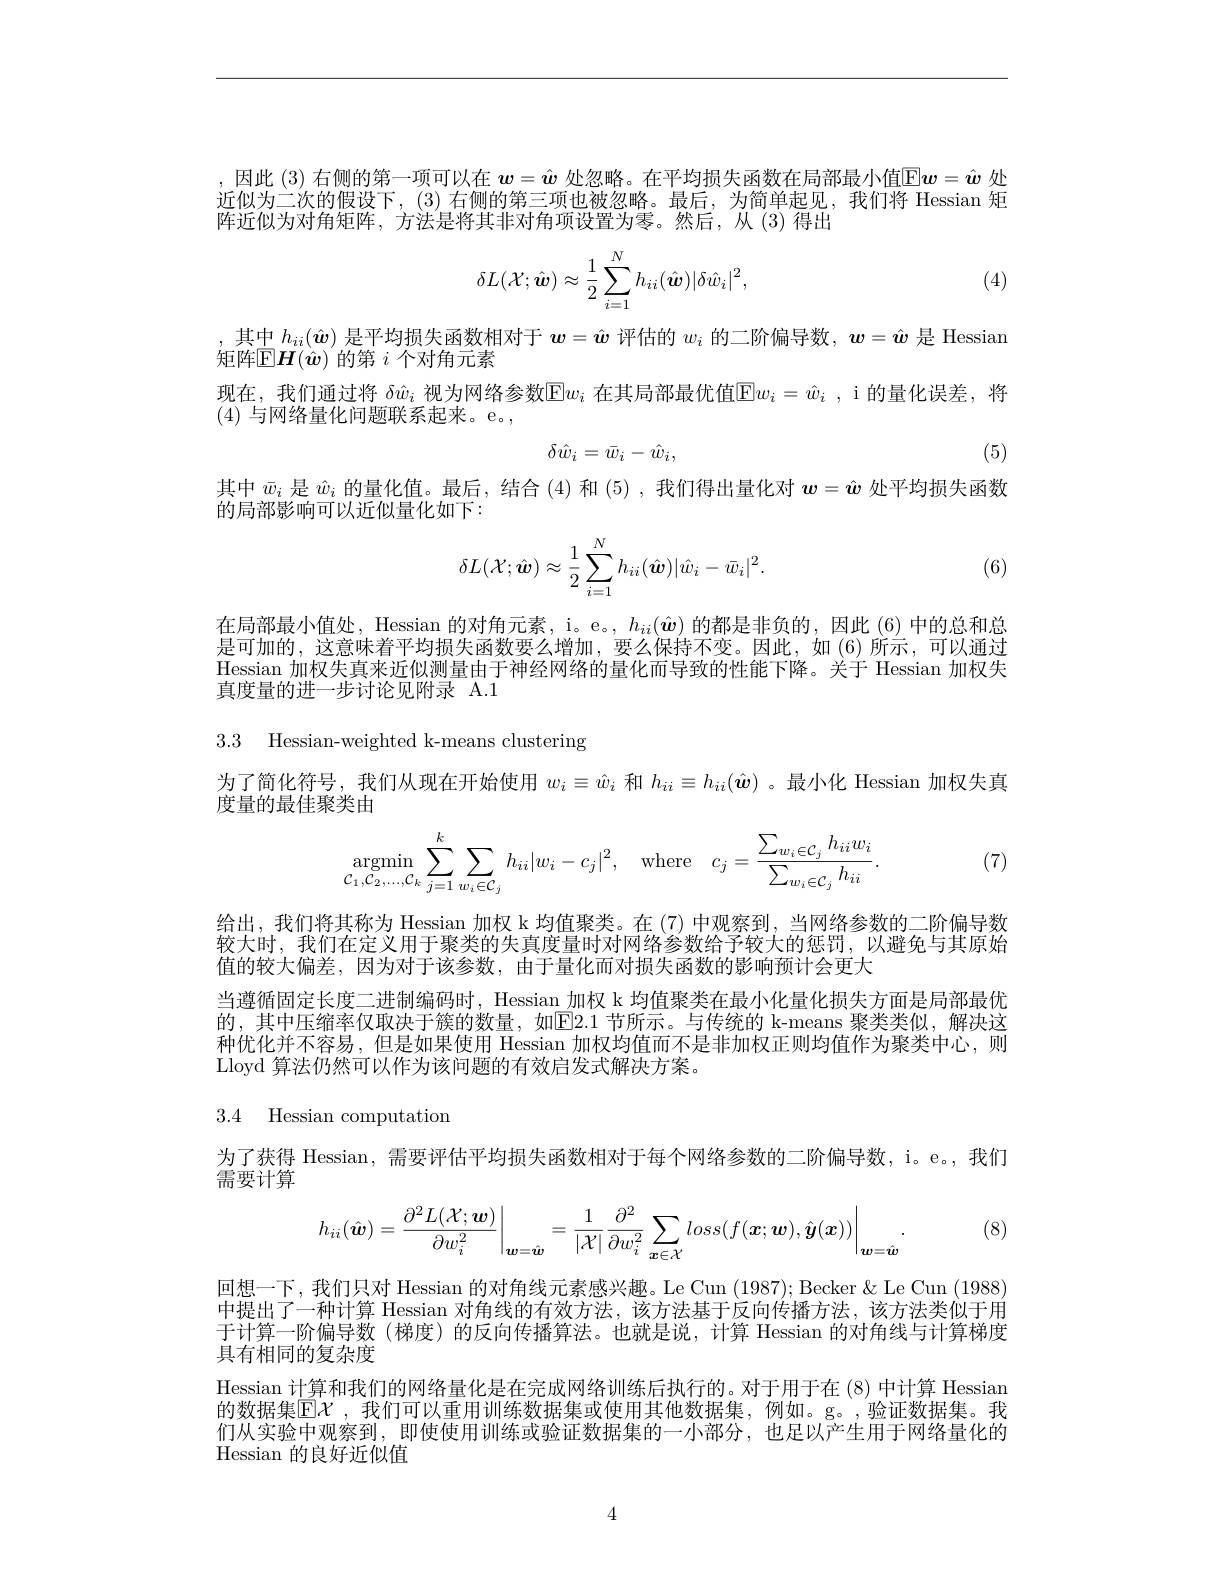
,因此 (3) 右侧的第一项可以在$w=\hat{w}$处忽略。在平均损失函数在局部最小值$\mathbb{E}\boldsymbol{w}=\hat{\boldsymbol{w}}$处近似为二次的假设下，(3) 右侧的第三项也被忽略。最后，为简单起见，我们将 Hessian 矩阵近似为对角矩阵，方法是将其非对角项设置为零。然后，从(3)得出
$$\delta L(\mathcal{X};\hat{\boldsymbol w})\approx\frac{1}{2}\sum_{i=1}^{N}h_{ii}(\hat{\boldsymbol w})|\delta\hat{w}_{i}|^{2},$$
(4)

,其中$h_{ii}(\hat{\boldsymbol{w}})$是平均损失函数相对于$\boldsymbol{w}=\hat{\boldsymbol{w}}$评估的$w_i$的二阶偏导数，$\boldsymbol{w}=\hat{\boldsymbol{w}}$是 Hessian
矩阵$\mathbb{E}\boldsymbol{H}(\hat{\boldsymbol{w}})$的第$i$个对角元素
现在，我们通过将 $\delta\hat{w}_i$ 视为网络参数$\mathbb{E}w_i$ 在其局部最优值$\mathbb{E}w_i=\hat{w}_i$, i 的量化误差，将
(4)与网络量化问题联系起来。e。,
$$\delta\hat{w}_i=\bar{w}_i-\hat{w}_i,$$
(5)

其中$\bar{w}_i$是$\hat{w}_i$的量化值。最后，结合 (4) 和 (5) , 我们得出量化对$\boldsymbol{w}=\hat{\boldsymbol{w}}$处平均损失函数
的局部影响可以近似量化如下：
$$\delta L(\mathcal{X};\hat{\boldsymbol w})\approx\frac{1}{2}\sum_{i=1}^{N}h_{ii}(\hat{\boldsymbol w})|\hat{w}_{i}-\bar{w}_{i}|^{2}.$$
(6)

在局部最小值处，Hessian 的对角元素，i。e。$, h_{ii}( \hat{\boldsymbol{w}} )$的都是非负的，因此(6)中的总和总是可加的，这意味着平均损失函数要么增加，要么保持不变。因此，如(6)所示，可以通过Hessian 加权失真来近似测量由于神经网络的量化而导致的性能下降。关于 Hessian 加权失真度量的进一步讨论见附录 A.1

3.3 Hessian-weighted k-means clustering

为了简化符号，我们从现在开始使用$w_i\equiv\hat{w}_i$和$h_{ii}\equiv h_{ii}(\hat{\boldsymbol{w}})$ 。最小化 Hessian 加权失真
度量的最佳聚类由
$$\underset{\mathcal{C}_1,\mathcal{C}_2,\dots,\mathcal{C}_k}{\operatorname*{argmin}}\sum\limits_{j=1}^k\sum\limits_{w_i\in\mathcal{C}_j}h_{ii}|w_i-c_j|^2,\quad\mathrm{where}\quad c_j=\frac{\sum\limits_{w_i\in\mathcal{C}_j}h_{ii}w_i}{\sum\limits_{w_i\in\mathcal{C}_j}h_{ii}}.$$
(7)

给出，我们将其称为 Hessian 加权 k 均值聚类。在 (7) 中观察到，当网络参数的二阶偏导数较大时，我们在定义用于聚类的失真度量时对网络参数给予较大的惩罚，以避免与其原始值的较大偏差，因为对于该参数，由于量化而对损失函数的影响预计会更大
当遵循固定长度二进制编码时，Hessian 加权 k 均值聚类在最小化量化损失方面是局部最优的，其中压缩率仅取决于簇的数量，如$\boxed{\mathrm{E}}2.1$ 节所示。与传统的 k-means 聚类类似，解决这种优化并不容易，但是如果使用 Hessian 加权均值而不是非加权正则均值作为聚类中心，则Lloyd 算法仍然可以作为该问题的有效启发式解决方案。

3.4 Hessian computation

为了获得 Hessian, 需要评估平均损失函数相对于每个网络参数的二阶偏导数，i。e。, 我们
需要计算

(8)
$$h_{ii}(\hat{\boldsymbol{w}})=\frac{\partial^2L(\mathcal{X};\boldsymbol{w})}{\partial w_i^2}\bigg|_{\boldsymbol{w}=\hat{\boldsymbol{w}}}=\frac{1}{|\mathcal{X}|}\frac{\partial^2}{\partial w_i^2}\sum_{\boldsymbol{x}\in\mathcal{X}}loss(f(\boldsymbol{x};\boldsymbol{w}),\hat{\boldsymbol{y}}(\boldsymbol{x}))\bigg|_{\boldsymbol{w}=\hat{\boldsymbol{w}}}.$$
回想一下，我们只对 Hessian 的对角线元素感兴趣。Le Cun (1987);Becker &Le Cun (1988) 中提出了一种计算 Hessian 对角线的有效方法，该方法基于反向传播方法，该方法类似于用于计算一阶偏导数(梯度)的反向传播算法。也就是说，计算 Hessian 的对角线与计算梯度具有相同的复杂度
Hessian 计算和我们的网络量化是在完成网络训练后执行的。对于用于在 (8) 中计算 Hessian 的数据集$\mathbb{E}\mathcal{X}$ ,我们可以重用训练数据集或使用其他数据集，例如。g。,验证数据集。我们从实验中观察到，即使使用训练或验证数据集的一小部分，也足以产生用于网络量化的Hessian 的良好近似值

4